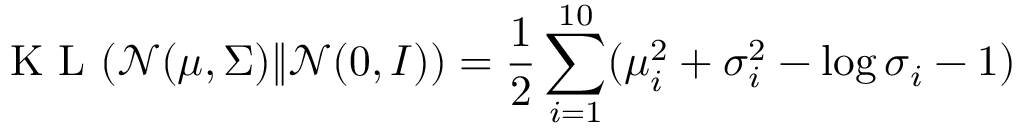
\mathrm { ~ K ~ L ~ } ( \mathcal N ( \boldsymbol \mu , \boldsymbol \Sigma ) \| \mathcal N ( \boldsymbol 0 , \boldsymbol I ) ) = \frac { 1 } { 2 } \sum _ { i = 1 } ^ { 1 0 } ( \boldsymbol \mu _ { i } ^ { 2 } + \boldsymbol \sigma _ { i } ^ { 2 } - \log \boldsymbol \sigma _ { i } - 1 )